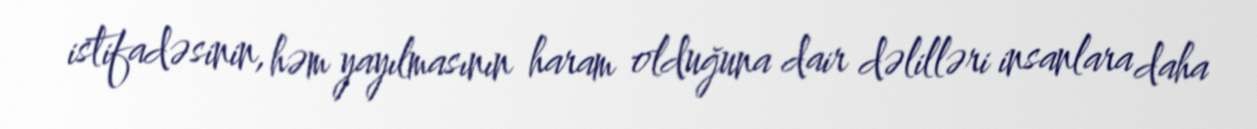
istifadəsinin, həm yayılmasının haram olduğuna dair dəlilləri insanlara daha